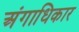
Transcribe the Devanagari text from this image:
अंगाधिकार